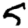
Digit: 5